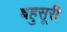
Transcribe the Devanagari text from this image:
बहुसूरी